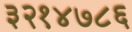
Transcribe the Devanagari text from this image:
३२१४७८६